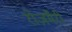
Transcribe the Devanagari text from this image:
रोज़मैरी